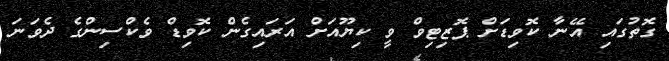
ގޮތުގައި އޭނާ ކޮވިޑަށް ޕޮޒިޓިވް ވީ ކިޔޫއަށް އަރައިގެން ކޮވިޑް ވެކްސިންގެ ދެވަނަ